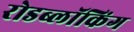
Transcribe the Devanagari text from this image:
रोडब्लॉकिंग